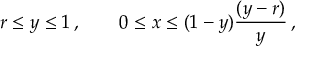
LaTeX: r \le y \le 1 \, , \qquad 0 \le x \le ( 1 - y ) \frac { ( y - r ) } { y } \, ,